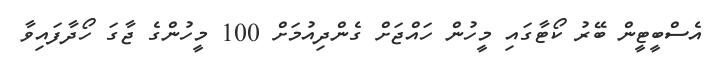
އެސްބީޓީން ބޭރު ކޯޓާގައި މީހުން ހައްޖަށް ގެންދިއުމަށް 100 މީހުންގެ ޖާގަ ހޯދާފައިވާ